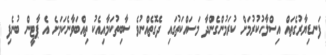
ފަނޑިޔާރުގެތައް އިސްލާހުކުރުމަށް ކުރަމުންގެންދާ މަސައްކަތުގައި ދެގޮތެއްނުވެ ސާބިތުކަމާއިއެކު ތިއްބަވާނެކަމަށެ އެ ޕާޓީން ބުނެފި